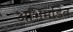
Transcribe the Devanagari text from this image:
अभिमंडित